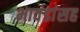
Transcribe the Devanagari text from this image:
भावंडांसह